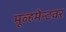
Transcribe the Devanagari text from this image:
मूव्हमेन्टवर